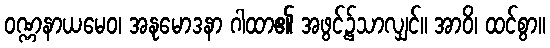
ဝဏ္ဏနာယမေဝ၊ အနုမောဒနာ ဂါထာ၏ အဖွင့်၌သာလျှင်။ အာဝိ၊ ထင်စွာ။